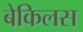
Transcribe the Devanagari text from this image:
बेकिलस